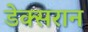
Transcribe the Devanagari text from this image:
डेक्सरान